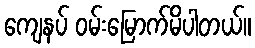
ကျေနပ် ဝမ်းမြောက်မိပါတယ်။